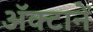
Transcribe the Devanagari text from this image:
अॅक्टानें